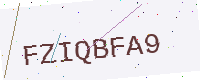
Text: FZIQBFA9